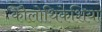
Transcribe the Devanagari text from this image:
कौलोथिकेशिया